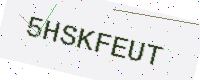
Text: 5HSKFEUT